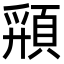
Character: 𩓚